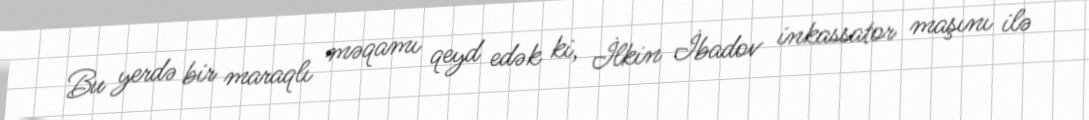
Bu yerdə bir maraqlı məqamı qeyd edək ki, İlkin İbadov inkassator maşını ilə